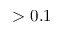
> 0 . 1